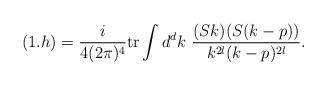
LaTeX: \begin{align*}(1.h) = \frac{i}{4(2\pi)^4}\mbox{tr} \int d^dk\ \frac{(Sk)(S(k-p))}{k^{2l}(k-p)^{2l}}.\end{align*}